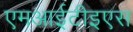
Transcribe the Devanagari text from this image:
एमआईटीइएस